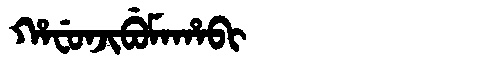
Manchu: ᡥᠠᠸᡠᠨᠵᡳᠪᡠᠮᠠᡥᠠᠪᡳ
Romanization: HAFUNJIBUMAHABI